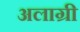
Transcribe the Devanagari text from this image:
अलाग्री